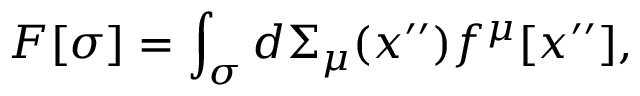
F [ \sigma ] = \int _ { \sigma } { d \Sigma _ { \mu } ( x ^ { \prime \prime } ) f ^ { \mu } [ x ^ { \prime \prime } ] } ,